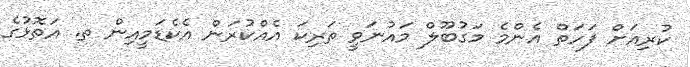
ކުރިއަށް ފަހަތް އެންމެ މަގުބޫލް މައުނަވީ ތަރިކަ އެއްކުރަން އެކެޑަމީއިން ތ. އަތޮޅުގެ